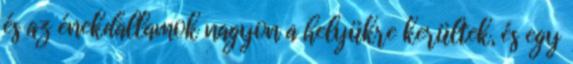
és az énekdallamok nagyon a helyükre kerültek, és egy